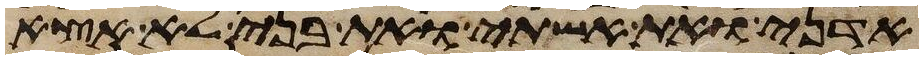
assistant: אדני את אשתי ואת בני לא אצא